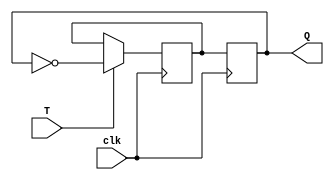
module t_ff(
    input T,
    input clk,
    output reg Q
);

reg D;

always @(posedge clk) begin
    if(T) begin
        D <= ~Q;
    end else begin
        D <= D;
    end
end

always @(posedge clk) begin
    Q <= D;
end

endmodule